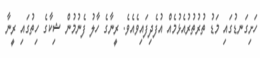
ހަށިގަނޑުގައި މަޑު ތުރުތުރުއެޅުމެއް އުފެދިފައިވެއެވެ. ރީނާގެ ހާލު ފެނުމުން ޝިކާގެ ހިތުގައި ރީނާ